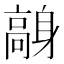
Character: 𩫙